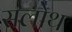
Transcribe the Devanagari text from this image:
सलोथ